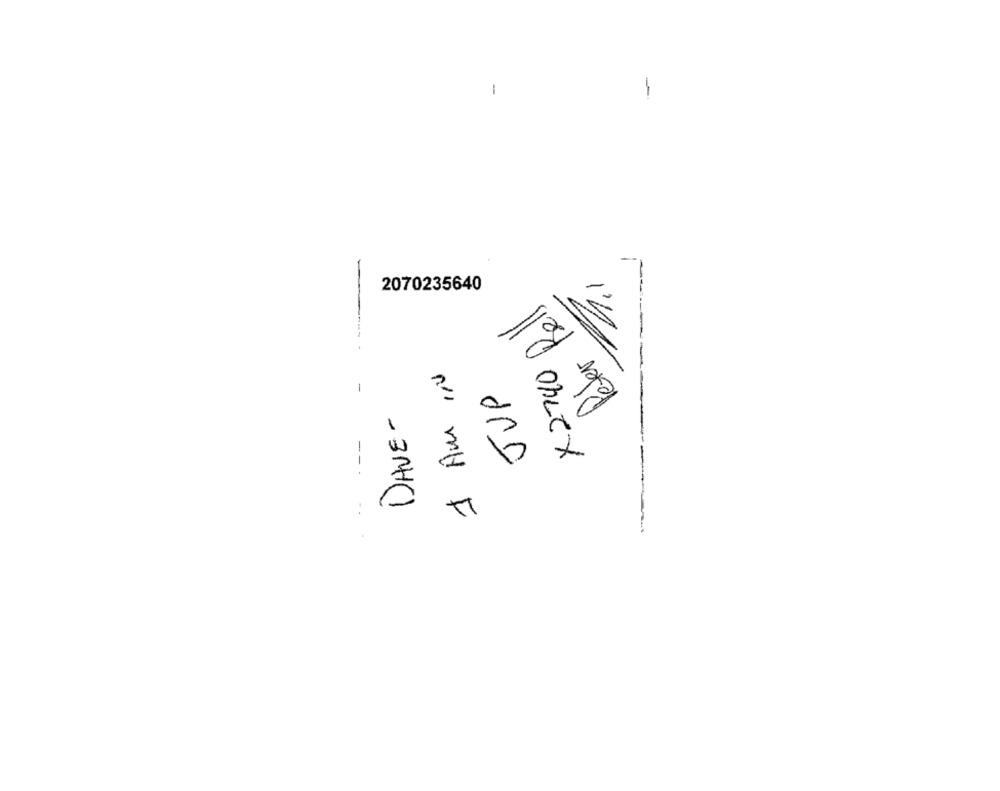
-
-
2070235640
2790 ell
X 2740
leter
1 AM IN
-
JUP
DAVE-
.-